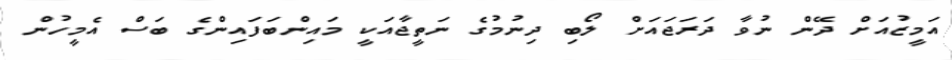
އަމީޒުއަށް ދޭން ނުވާ ދަރަޖައަށް ލޯބި ދިނުމުގެ ނަތީޖާއަކީ މައިންބަފައިންގެ ބަސް އެމީހުން